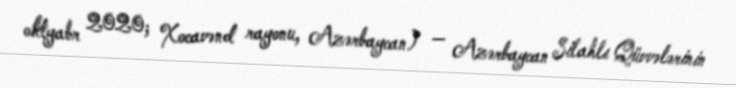
oktyabr 2020; Xocavənd rayonu, Azərbaycan) — Azərbaycan Silahlı Qüvvələrinin